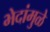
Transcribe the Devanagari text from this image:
भेदांमुळे